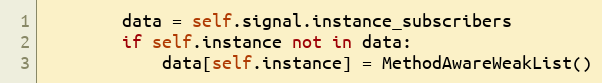
Language: Python
        data = self.signal.instance_subscribers
        if self.instance not in data:
            data[self.instance] = MethodAwareWeakList()